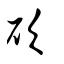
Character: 砍